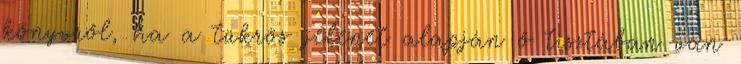
könyvről, ha a tükrös jelenet alapján ő tisztában van